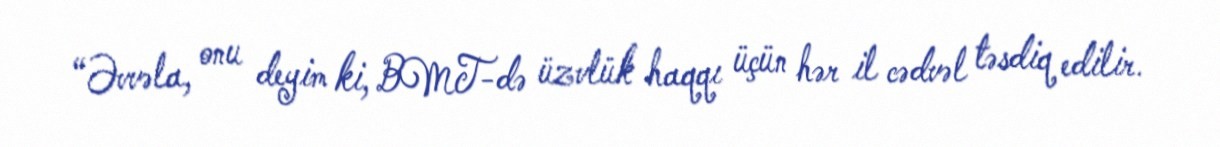
“Əvvəla, onu deyim ki, BMT-də üzvlük haqqı üçün hər il cədvəl təsdiq edilir.